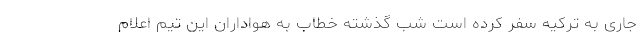
جاری به ترکیه سفر کرده است شب گذشته خطاب به هواداران این تیم اعلام